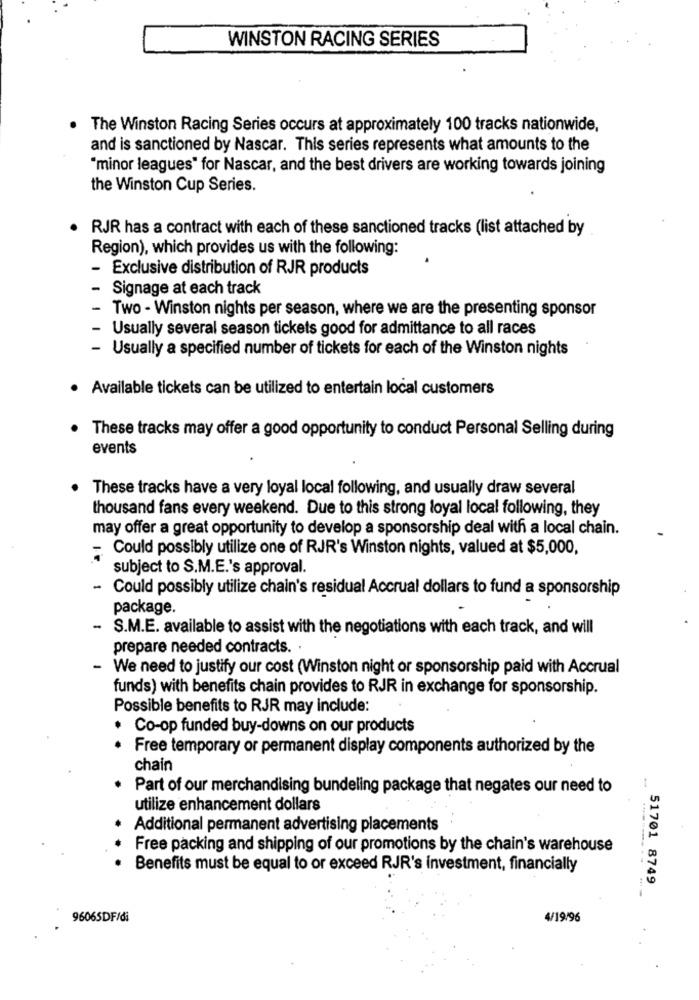
WINSTON RACING SERIES
The Winston Racing Series occurs at approximately 100 tracks nationwide,
and is sanctioned by Nascar. This series represents what amounts to the
"minor leagues" for Nascar, and the best drivers are working towards joining
the Winston Cup Series.
RJR has a contract with each of these sanctioned tracks (list attached by
Region), which provides us with the following:
- Exclusive distribution of RJR products
Signage at each track
Two - Winston nights per season, where we are the presenting sponsor
Usually several season tickets good for admittance to all races
- Usually a specified number of tickets for each of the Winston nights
· Available tickets can be utilized to entertain local customers
These tracks may offer a good opportunity to conduct Personal Selling during
events
These tracks have a very loyal local following, and usually draw several
thousand fans every weekend. Due to this strong loyal local following, they
may offer a great opportunity to develop a sponsorship deal with a local chain.
Could possibly utilize one of RJR's Winston nights, valued at $5,000,
subject to S.M.E.'s approval.
- Could possibly utilize chain's residual Accrual dollars to fund a sponsorship
package.
- S.M.E. available to assist with the negotiations with each track, and will
prepare needed contracts. .
- We need to justify our cost (Winston night or sponsorship paid with Accrual
funds) with benefits chain provides to RJR in exchange for sponsorship.
Possible benefits to RJR may include:
. Co-op funded buy-downs on our products
Free temporary or permanent display components authorized by the
chain
Part of our merchandising bundeling package that negates our need to
utilize enhancement dollars
Additional permanent advertising placements
Free packing and shipping of our promotions by the chain's warehouse
Benefits must be equal to or exceed RJR's investment, financially
51701 8749
96065DF/di
4/19/96